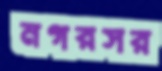
নগরসর